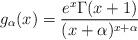
LaTeX: \begin{align*}g_{\alpha}(x)=\frac{e^x\Gamma(x+1)}{(x+\alpha)^{x+\alpha}}\end{align*}